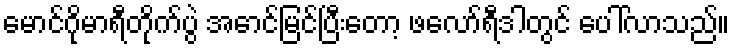
မောင်ဂိုမာရီတိုက်ပွဲ အောင်မြင်ပြီးတော့ ဖလော်ရီဒါတွင် ပေါ်လာသည်။